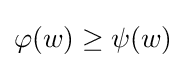
\varphi (w)\geq \psi (w)